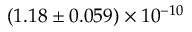
( 1 . 1 8 \pm 0 . 0 5 9 ) \times 1 0 ^ { - 1 0 }